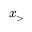
x _ { > }